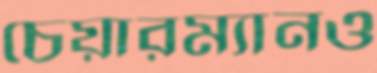
চেয়ারম্যানও